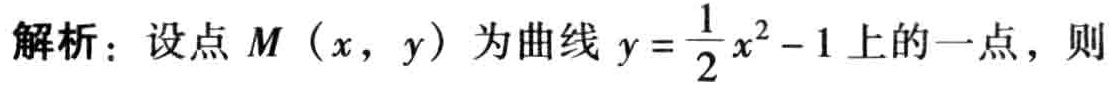
解析：设点\(M(x,y)\)为曲线\(y = \frac{1}{2}x^{2}-1\)上的一点，则